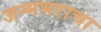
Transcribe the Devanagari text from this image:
जन्मभराचा